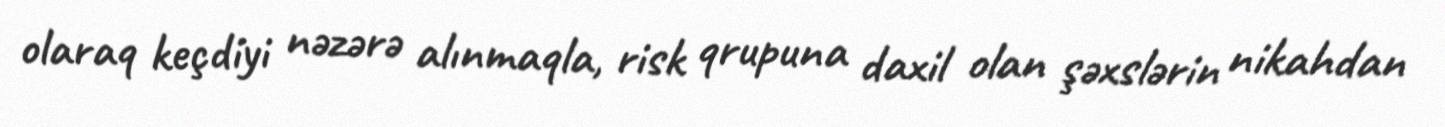
olaraq keçdiyi nəzərə alınmaqla, risk qrupuna daxil olan şəxslərin nikahdan